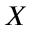
X